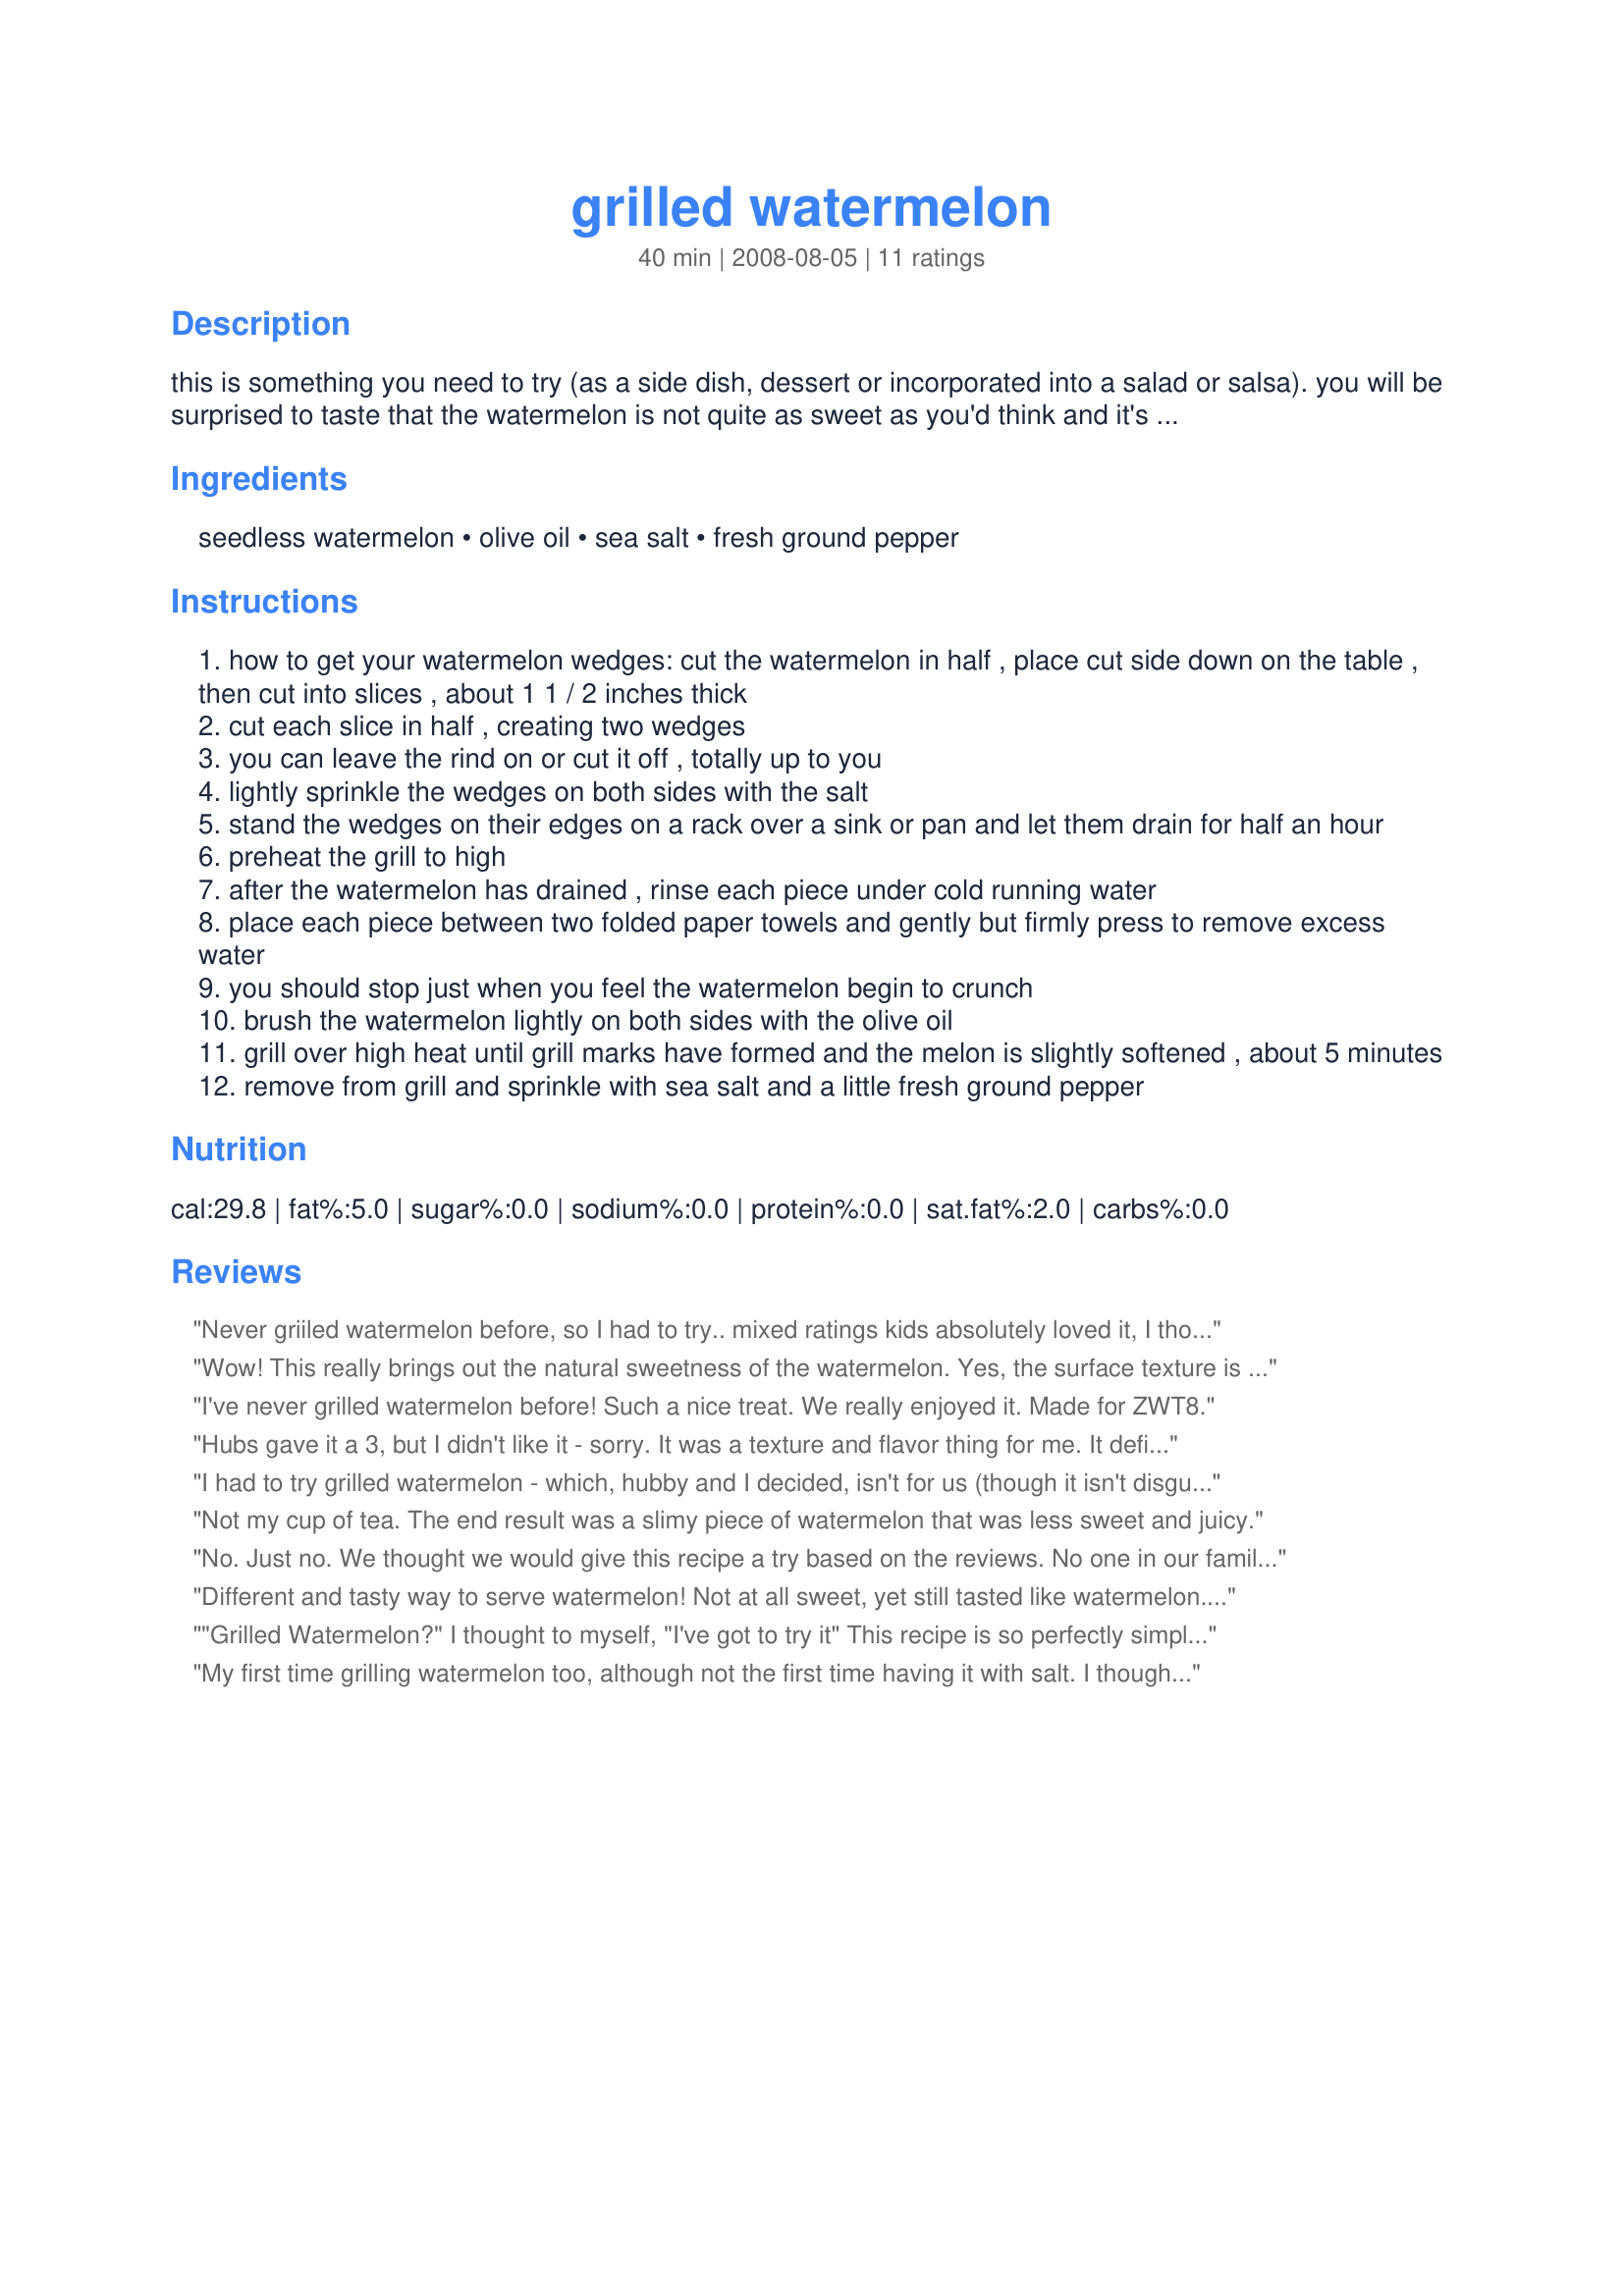
grilled watermelon
Preparation time: 40 minutes

this is something you need to try (as a side dish, dessert or incorporated into a salad or salsa). you will be surprised to taste that the watermelon is not quite as sweet as you'd think and it's more "meaty". i first had it in sweden as a side dish and came home looking for the recipe! you can easily turn this recipe into a grilled watermelon salad by serving each wedge on a bed of baby lettuces or arugula, drizzled with a raspberry vinaigrette dressing then sprinkled with a little crumbled feta, blue, or chèvre cheese. cooking time includes the "resting time" for the watermelon prior to grilling.

Ingredients:
seedless watermelon, olive oil, sea salt, fresh ground pepper

Steps:
how to get your watermelon wedges: cut the watermelon in half , place cut side down on the table , then cut into slices , about 1 1 / 2 inches thick
cut each slice in half , creating two wedges
you can leave the rind on or cut it off , totally up to you
lightly sprinkle the wedges on both sides with the salt
stand the wedges on their edges on a rack over a sink or pan and let them drain for half an hour
preheat the grill to high
after the watermelon has drained , rinse each piece under cold running water
place each piece between two folded paper towels and gently but firmly press to remove excess water
you should stop just when you feel the watermelon begin to crunch
brush the watermelon lightly on both sides with the olive oil
grill over high heat until grill marks have formed and the melon is slightly softened , about 5 minutes
remove from grill and sprinkle with sea salt and a little fresh ground pepper

Reviews:
Never griiled watermelon before, so I had to try.. mixed ratings kids absolutely loved it, I thought it was okay, and would have again, adjusting the amount of sea salt, might have put to much I think.. and DS, didn't care for it. Have plenty of water melon left over, and will decrease the sea salt and pepper and will update. Made for Recipe Swap #42.
Wow! This really brings out the natural sweetness of the watermelon. Yes, the surface texture is a little slimy, but the fruit maintains a little bit of firmness. The people who say that it&#039;s not sweet or lacking in flavor have clearly done something wrong.
I've never grilled watermelon before! Such a nice treat. We really enjoyed it. Made for ZWT8.
Hubs gave it a 3, but I didn't like it - sorry. It was a texture and flavor thing for me. It definitely changed the way the watermelon tasted. Made for ZWT8.
I had to try grilled watermelon - which, hubby and I decided, isn't for us (though it isn't disgusting or anything). I had a little left-over pineapple and decided to throw it on the grill with the watermelon (I've never grilled any fruit before) and it turns out that we LOVE grilled pineapple - so I'm delighted that I tried this recipe! Made for ZWT5, and I'm a Groovy GastroGnome!
Not my cup of tea. The end result was a slimy piece of watermelon that was less sweet and juicy.
No. Just no. We thought we would give this recipe a try based on the reviews. No one in our family could stomach this. It is rare that I try something and feel the need to spit it out, but here we are. If you really feel that you must try grilled watermelon, do yourself a favor and only try the recipe with a single slice so that you aren&#039;t left throwing away an entire melon. I really can not state strongly enough just how bad this was.
Different and tasty way to serve watermelon! Not at all sweet, yet still tasted like watermelon. I used just a touch of pepper and thought that was just right. Thanks for sharing your recipe! Made for ZWT8, Chefs gone WILD!
"Grilled Watermelon?" I thought to myself, "I've got to try it" This recipe is so perfectly simple and tasty. I served the melon (cubed) on a spring mixed salad tossed with a balsamic vinaigrette, crumbled feta cheese and sliced almonds. Absolutely fantastic! Thank you!
My first time grilling watermelon too, although not the first time having it with salt. I thought this was great. I definitely want to use it "in" something, not the sort of side I'd eat on its own - well actually, it would be an interesting surprise for our next BBQ party guests, serve it up alongside their burger. After reading some of the reviews I think I may have been too light with the salt. The sweetness of the melon actually intensified for me, so it could have taken a touch more. I was amazed at how well it held together on the grill ... proper little watermelon steaks! Cut yourself a few extra slices if you're worried about presentation, I broke a few tips off in the salt/rest stage. Thanks for sharing JB, I'm so happy I tried this!
We both enjoyed this new and different way to serve watermelon. It was quick and easy to make and had a lovely roasted flavor, that was definitely watermelon, but not sweet at all. The olive oil, sea salt and fresh ground black pepper gave it a real savory element . A lovely dense texture that was juicy. I agree that this would be wonderful as a base for salsa. Thanks for sharing JanuaryBride. Made for the Fearless Red Dragons - ZWT8 - Australia
